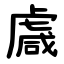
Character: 䖗